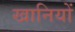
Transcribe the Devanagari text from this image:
खानियों